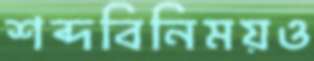
শব্দবিনিময়ও